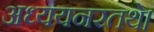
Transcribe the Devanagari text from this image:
अध्ययनरतथे।